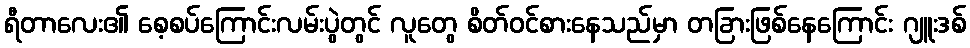
ရီတာလေး၏ စေ့စပ်ကြောင်းလမ်းပွဲတွင် လူတွေ စိတ်ဝင်စားနေသည်မှာ တခြားဖြစ်နေကြောင်း ဂျူးဒစ်